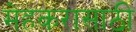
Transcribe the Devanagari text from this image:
मेहकरासाठी